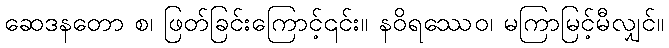
ဆေဒနတော စ၊ ဖြတ်ခြင်းကြောင့်၎င်း။ နဝိရဿေဝ၊ မကြာမြင့်မီလျှင်။